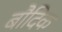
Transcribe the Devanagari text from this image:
बौदिक